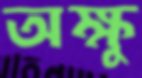
অক্ষু